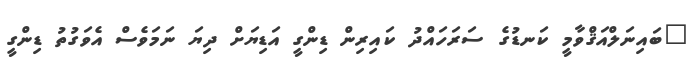
"ބައިނަލްއަޤްވާމީ ކަނޑުގެ ސަރަހައްދު ކައިރިން ޑިންގީ އަޑިޔަށް ދިޔަ ނަމަވެސް އެވަގުތު ޑިންގީ